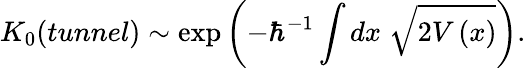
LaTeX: K_{0}(tunnel)\sim\mathrm{exp}\left(-\hbar^{-1}\int dx\; \sqrt{2V\left(x\right)}\right).